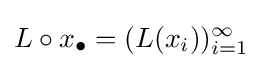
L\circ x_{\bullet }=(L(x_{i}))_{i=1}^{\infty }